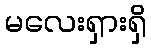
မလေးရှားရှိ